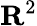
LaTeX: \mathbf{R}^{2}